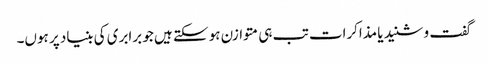
گفت و شنید یا مذاکرات تب ہی متوازن ہو سکتے ہیں جو برابری کی بنیاد پر ہوں۔